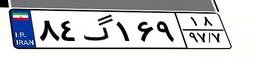
۸۴گ۱۶۹۱۸